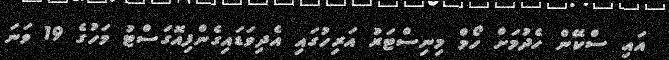
އައި ސްކޭން ހެދުމަށް ހޯމް މިނިސްޓަރު އަރިހުގައި އެދިވަޑައިގެންފިއޮގަސްޓު މަހުގެ 19 ވަނަ